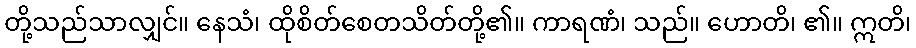
တို့သည်သာလျှင်။ နေသံ၊ ထိုစိတ်စေတသိတ်တို့၏။ ကာရဏံ၊ သည်။ ဟောတိ၊ ၏။ ဣတိ၊